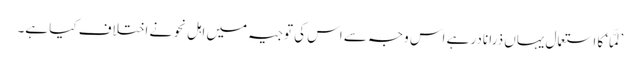
’لَمَّا‘ کا استعمال یہاں ذرا نادر ہے اس وجہ سے اس کی توجیہ میں اہل نحو نے اختلاف کیا ہے۔